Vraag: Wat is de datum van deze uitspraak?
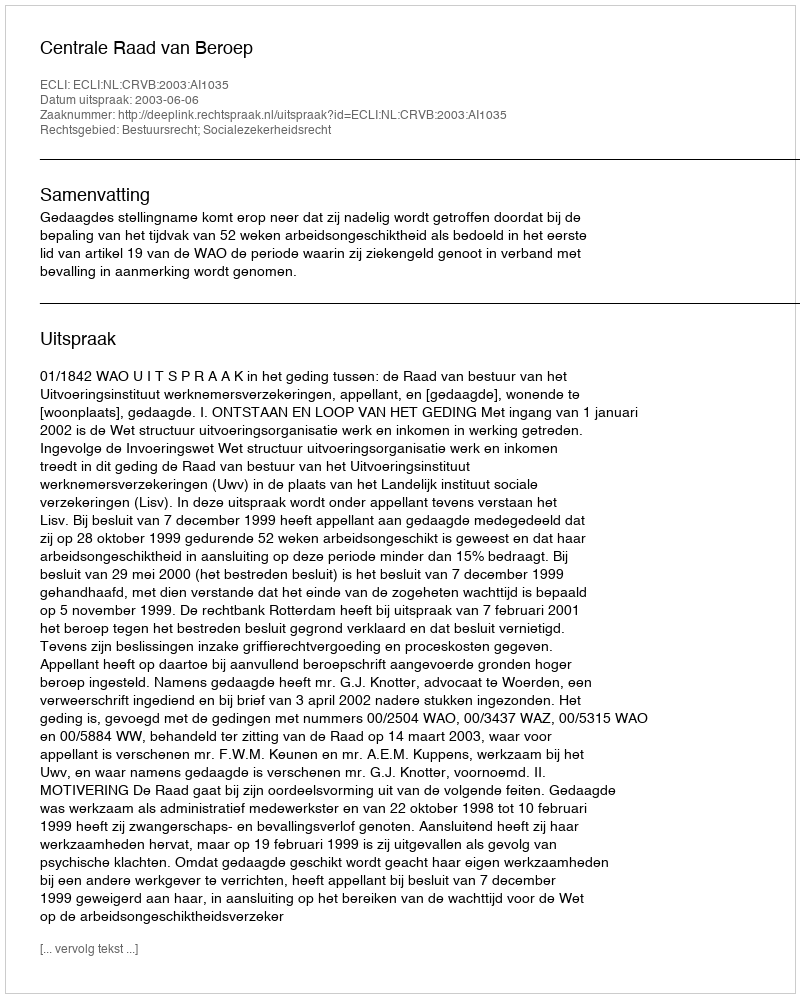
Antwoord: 2003-06-06